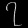
Digit: ၇